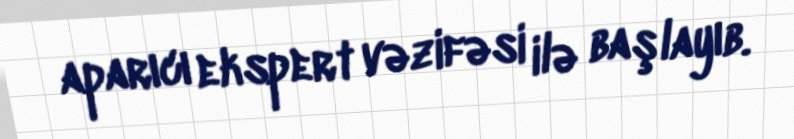
aparıcı ekspert vəzifəsi ilə başlayıb.